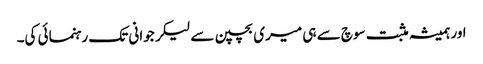
اور ہمیشہ مثبت سوچ سے ہی میری بچپن سے لیکر جوانی تک رہنمائی کی۔